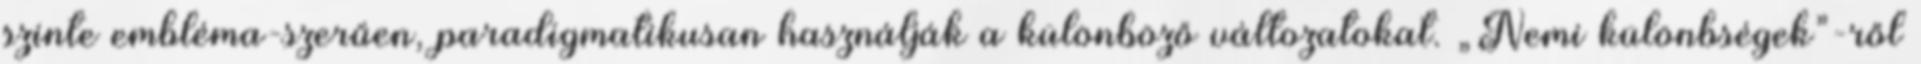
szinte embléma-szerűen, paradigmatikusan használják a különböző változatokat. „Nemi különbségek”-ről